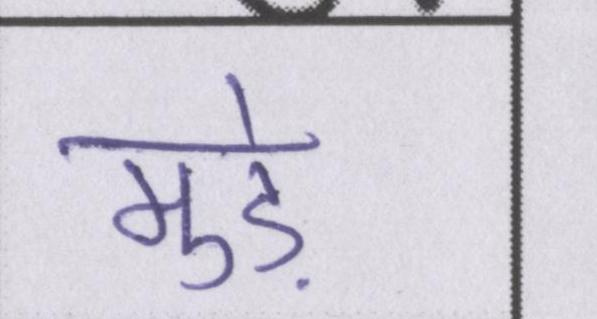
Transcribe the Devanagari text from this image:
मुड़े